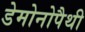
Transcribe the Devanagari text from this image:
डेमोनोपैथी